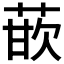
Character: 𰱡